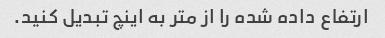
ارتفاع داده شده را از متر به اینچ تبدیل کنید.